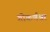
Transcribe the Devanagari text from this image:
गोकर्णश्वर